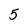
Character: 5